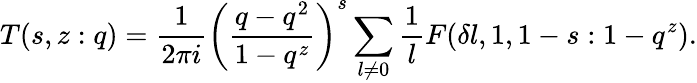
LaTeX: T(s,z:q)=\frac{1}{2\pi i}\left(\frac{q-q^{2}}{1-q^{z}}\right)^{s}\sum_{l\ne 0}\frac{1}{l}F(\delta l,1,1-s:1-q^{z}).